King Institute of Preventive Medicine Micro-Biological Section reports 1912-19
Year: 1912
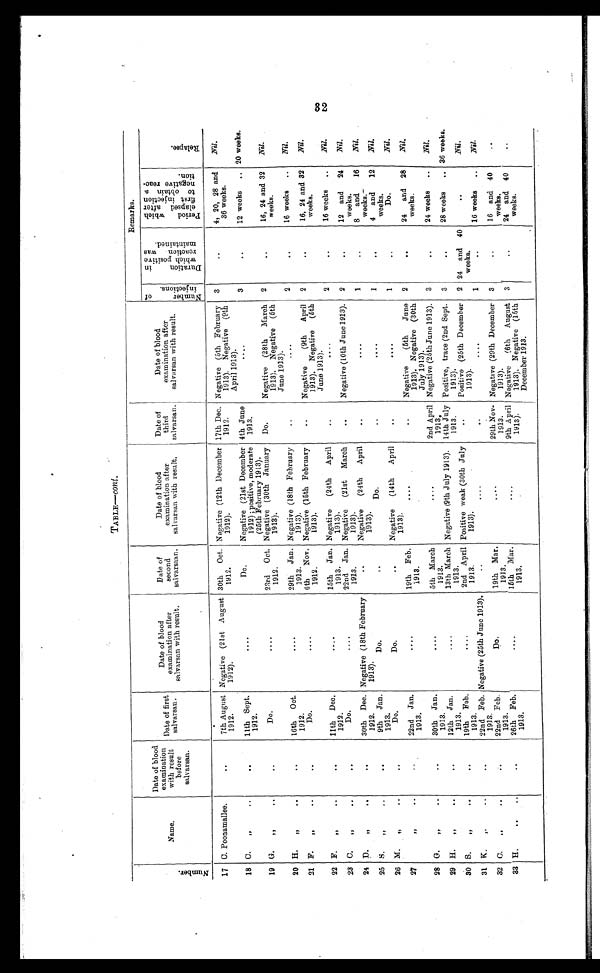
T A B L E —
c o n t
.
N u m b e r .
Name.
Dat e of bl ood exami nat i on wi t h r es ul t bef or e s al var s an.
Date of first
salvarsan.
Date of blood
examination after
salvarsan with result.
Date of
second
salvarsaan.
Date of blood
examination after
salvarsan with result.
Date of
third
salvarsan.
Date of blood
examination after
salvarsan with resu
lt.
Remarks.
N u m b e r o f i n j e c t i o n s .
D u r a t i o n i n w h i c h p o s i t i v e r e a c t i o n w a s m a i n t a i n e d .
P e r i o d w h i c h e l a p s e d a f t e r f i r s t i n j e c t i o n t o o b t a i n a n e g a t i v e r e a c - t i o n .
R e l a p s e .
17 C. Poonamallee.
. .
7th August
1912.
Negative (21st August
1912).
30th Oct.
1912.
Negative (12th December
1912).
17th Dec.
1912.
Negative (5th February
1913). Negative (9th
April 1913).
3
. .
4, 20, 28 and
36 weeks.
Nil.
18 C.
„
..
. .
11th Sept.
1912.
. . . . Do.
Negative (21st December
1912) ; positive, moderate
(25th February 1913).
4th June
1913.
. . . .
3
. .
12 weeks
.. 20 weeks.
19 G.
„
..
. . Do.
. . . .
23rd Oct.
1912.
Negative (30th January
1913).
Do.
Negative (28th March
1913). Negative (5th
June 1913).
2
. .
16, 24 and 32
weeks.
Nil.
20 H.
„
..
..
16th Oct.
1912.
. . . .
29th Jan.
1913.
Negative (18th February
1913).
. .
. . . .
2
. .
16 weeks
..
Nil.
21 F.
„
..
. . Do.
. . . .
6th
Nov.
1912.
Negative (15th February
1913).
. .
Negative
(9th
April
1913). Negative (5th
June 1913).
2
. .
16, 24 and 32
weeks.
Nil.
22 F.
„
..
. .
11th Dec.
1912.
. . . .
15th Jan.
1913.
Negative
(24th April
1913).
. .
. . . .
2
. .
16 weeks
..
Nil.
23 C.
„
..
. . Do.
. . . .
22nd Jan.
1913.
Negative (21st March
1913).
. .
Negative (10th June 1913).
2
. .
12 and
24
weeks.
Nil.
24 D.
„
..
. .
30th Dec.
1912.
Negative (18th February
1913).
. .
Negative
(24th
April
1913).
. .
. . . .
1
..
8 and
16
weeks.
Nil.
25 S.
„
..
. .
9th Jan.
1913.
Do.
. .
Do.
..
. . . .
1
. .
4 and
12
weeks.
Nil.
26 M.
„
..
. . Do.
Do.
. .
Negative
(14th
April
1913).
. .
. . . .
1
. . Do.
Nil.
27
,, ..
. .
22nd Jan.
1913.
. . . .
19th Feb.
1913.
. . . . .
. .
Negative
(5th
June
1913). Negative (30th
July 1913).
2
. .
24
and 28
weeks.
Nil.
28 G..
„
..
. .
30th Jan.
1913.
. . . .
5th March
1913.
. . . .
2nd April
1913,
Negative (25th June 1913).
3
. .
24 weeks
..
Nil.
29 H.
„ ..
. .
12th Jan.
1913.
. . . . .
13th March
1913.
Negative (9th July 1913). 14th July
1913.
Positive, trace (2nd Sept.
1913).
. .
28 weeks
.. 36 weeks.
30 S.
„
..
. .
19th Feb.
1913.
. . . .
2nd April
1913.
Positive weak (30th July
1913).
..
Positive (25th December
1913).
2 24 and 40
weeks.
. .
Nil.
31 K.
,, ..
. .
22nd Feb.
1913.
Negative (25th June 1913).
. .
. . . .
. .
. . . .
1
. .
16 weeks ...
Nil.
32 C.
,,
..
.. 22nd Feb.
1913.
Do.
19th Mar.
1913.
. . . .
29th Nov-
1913.
Negative (29th December
1913).
3
. .
16 and 40
weeks.
. .
33 H.
.. ..
. .
26th Feb.
1913.
. . . .
15th Mar.
1913.I
. . . .
9th April
1913).
Negative
(6th August
1913). Negative (15th
December 1913.
3
. .
24 and 40
weeks
..
32